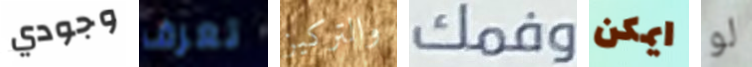
وجودي تعرف والتركيز وفمك ايمكن لو